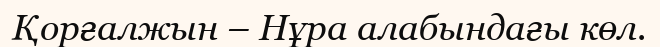
Қорғалжын – Нұра алабындағы көл.